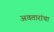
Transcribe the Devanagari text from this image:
अवतारांचा